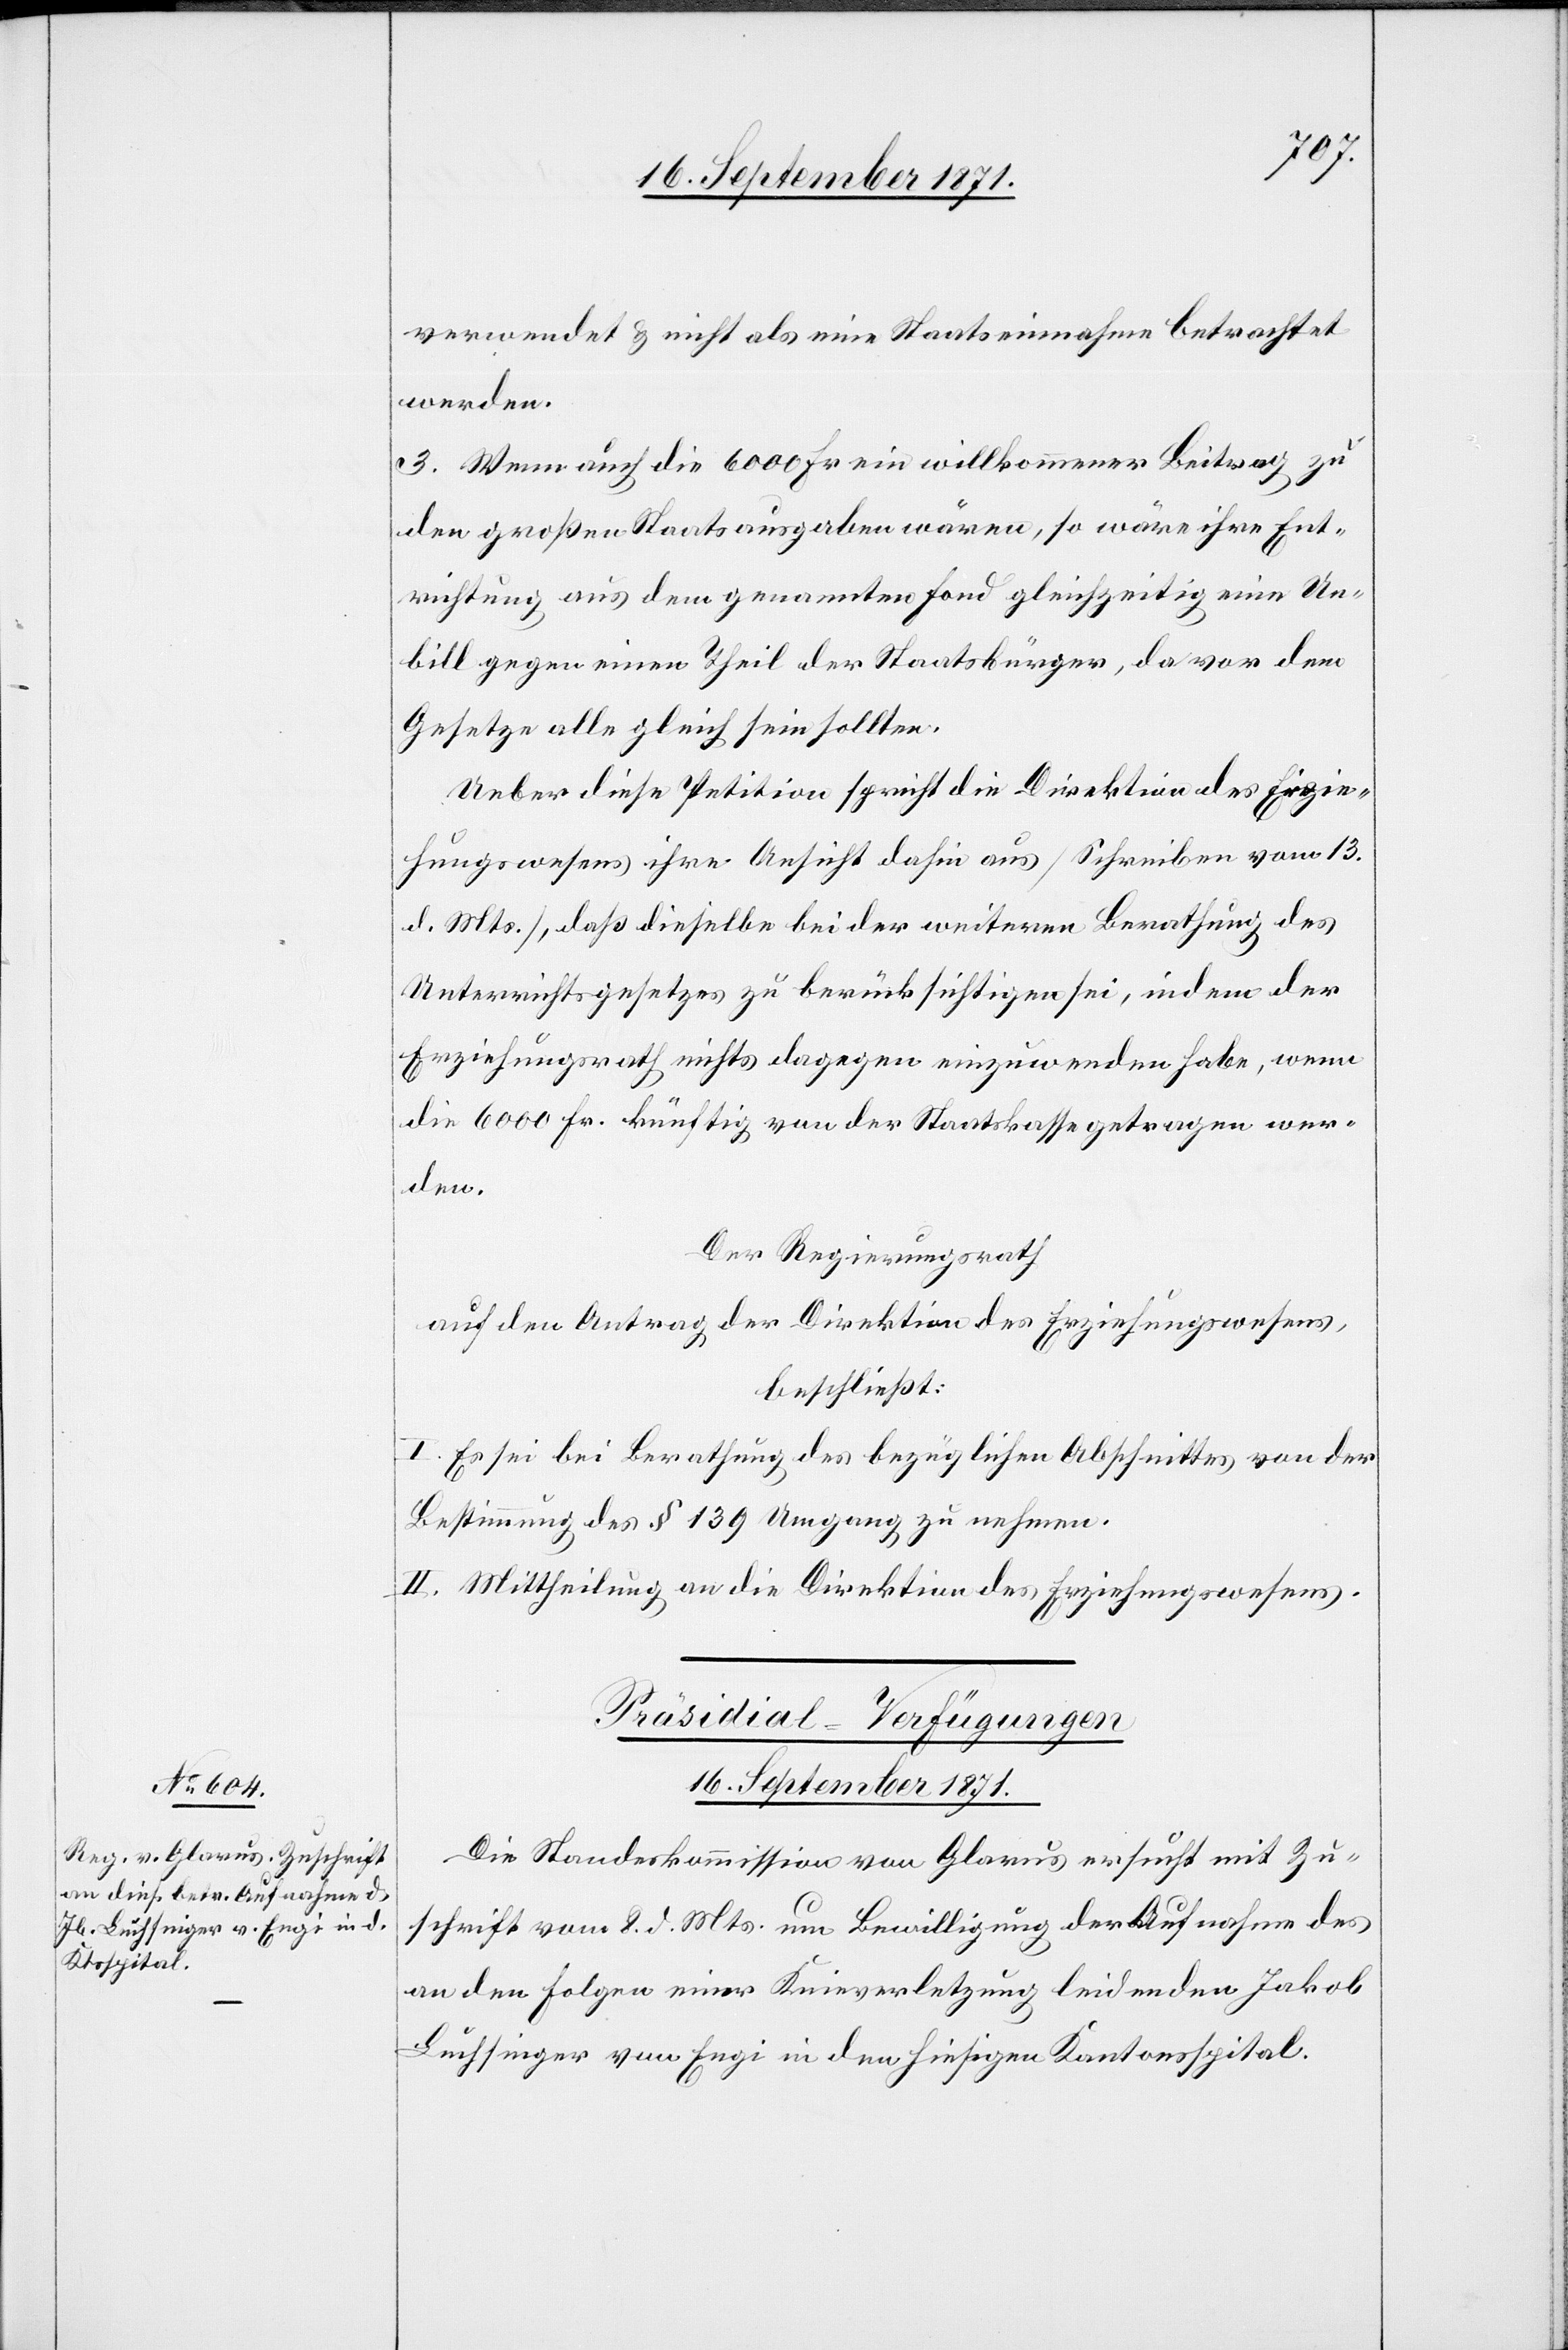
verwendet & nicht als eine Staatseinnahme betrachtet
werden.
3. Wenn auch die 6000 Fr. ein willkommener Beitrag zu
den großen Staatsausgaben wären, so wäre ihre Ent¬
richtung aus dem genannten Fond gleichzeitig eine Un¬
bill gegen einen Theil der Staatsbürger, da vor dem
Gesetze alle gleich sein sollten.
Ueber diese Petition spricht die Direktion des Erzie¬
hungswesens ihre Ansicht dahin aus [Schreiben vom 13.
d. Mts.], daß dieselbe bei der weiteren Berathung des
Unterrichtsgesetzes zu berücksichtigen sei, indem der
Erziehungsrath nichts dagegen einzuwenden habe, wenn
die 6000 Fr. künftig von der Staatskasse getragen wer¬
den.
Der Regierungsrath
auf den Antrag der Direktion des Erziehungswesens,
beschließt:
I. Es sei bei Berathung des bezüglichen Abschnittes von der
Bestimmung des § 139 Umgang zu nehmen.
II. Mittheilung an die Direktion des Erziehungswesens.
Präsidial-Verfügungen.
16. September 1871.
Die Standeskommission von Glarus ersucht mit Zu¬
schrift vom 8. d. Mts. um Bewilligung der Aufnahme des
an den Folgen einer Knieverletzung leidenden Jakob
Luchsinger von Engi in den hiesigen Kantonsspital.